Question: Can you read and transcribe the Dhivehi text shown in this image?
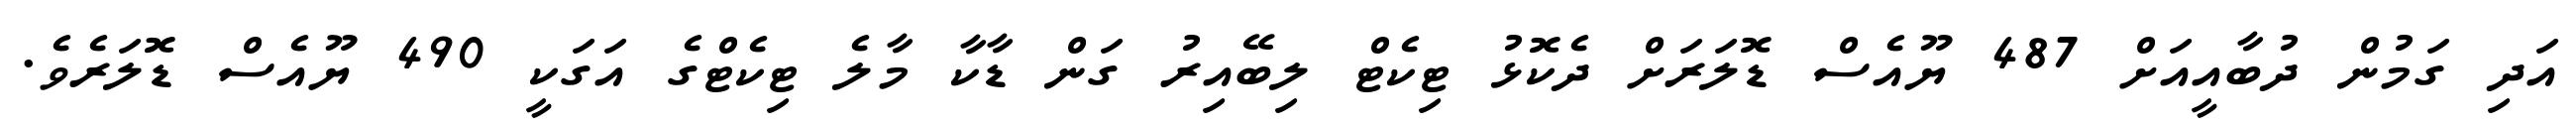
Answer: އަދި ގަމުން ދުބާއީއަށް 487 ޔޫއެސް ޑޮލަރަށް ދެކޮޅު ޓިކެޓް ލިބޭއިރު ގަން ޑާކާ މާލެ ޓިކެޓްގެ އަގަކީ 490 ޔޫއެސް ޑޮލަރެވެ.